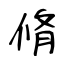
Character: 脩